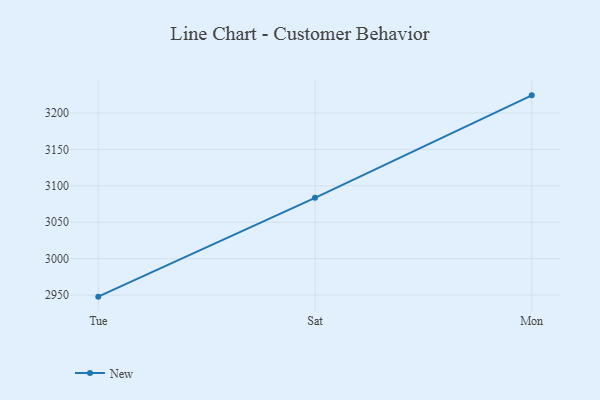
{"axis": {"x": "Day", "y": "Budget (USD K)"}, "legend": ["New"], "data": [{"x": "Tue", "y": 2947.9, "type": "New"}, {"x": "Sat", "y": 3083.5, "type": "New"}, {"x": "Mon", "y": 3224.1, "type": "New"}]}